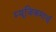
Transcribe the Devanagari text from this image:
म्यूजिकमार्च